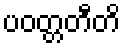
ပဝတ္တတီတိ